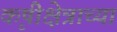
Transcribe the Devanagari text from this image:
कृषीक्षेत्राच्या